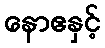
နောဧနှင့်